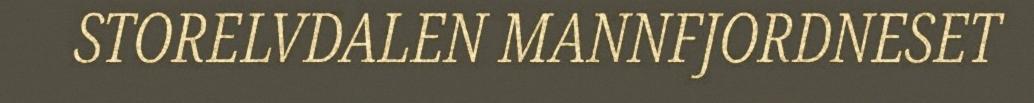
STORELVDALEN MANNFJORDNESET